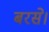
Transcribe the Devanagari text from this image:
बरसे।